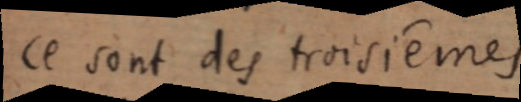
ce sont des troisièmes.